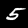
Digit: 5